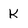
Character: K